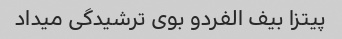
پیتزا بیف الفردو بوی ترشیدگی میداد